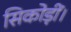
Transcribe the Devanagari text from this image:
सिकोड़ीं।